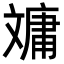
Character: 𣁠